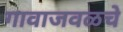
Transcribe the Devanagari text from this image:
गावाजवळचे